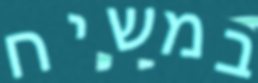
במשיח